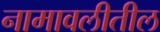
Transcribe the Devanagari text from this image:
नामावलीतील